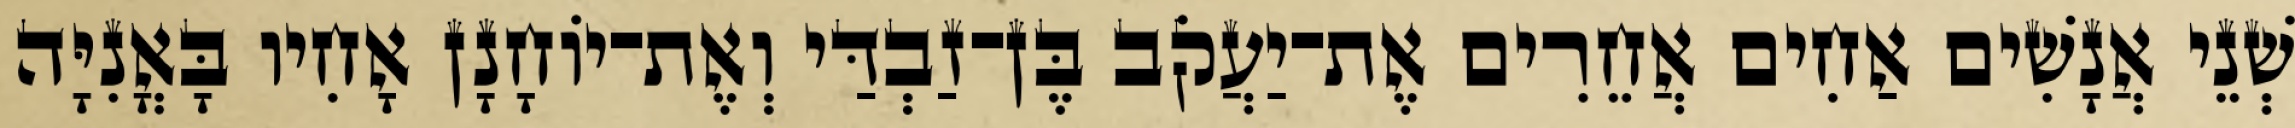
שְׁנֵי אֲנָשִׁים אַחִים אֲחֵרִים אֶת־יַעֲקֹב בֶּן־זַבְדַּי וְאֶת־יוֹחָנָן אָחִיו בָּאֳנִיָּה